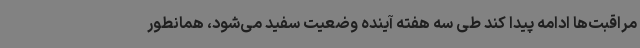
مراقبت‌ها ادامه پیدا کند طی سه هفته آینده وضعیت سفید می‌شود، همانطور